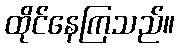
ထိုင်နေကြသည်။